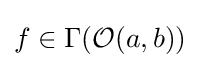
f\in \Gamma ({\mathcal {O}}(a,b))